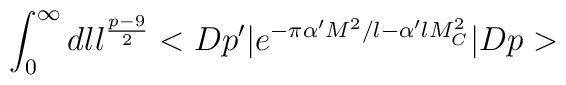
\int_{0}^{\infty} dl l^{\frac{p-9}{2}}<Dp'\vert e^{-\pi \alpha'M^2/l-\alpha 'lM_C^2}\vert Dp>